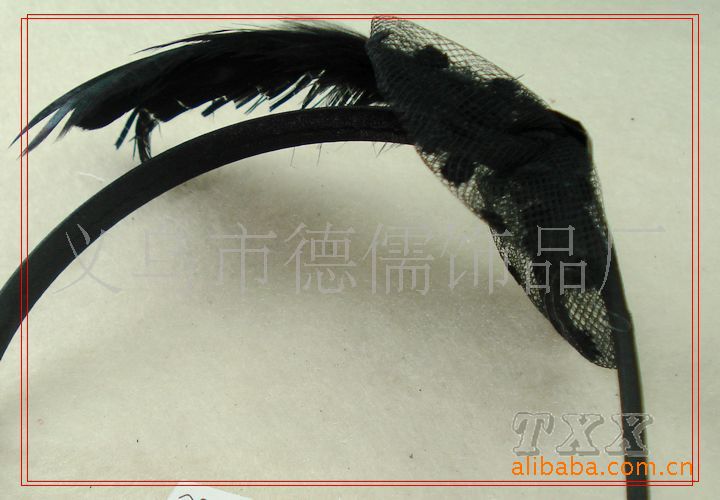
绿云扰扰，梳晓鬟也